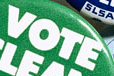
VOTE